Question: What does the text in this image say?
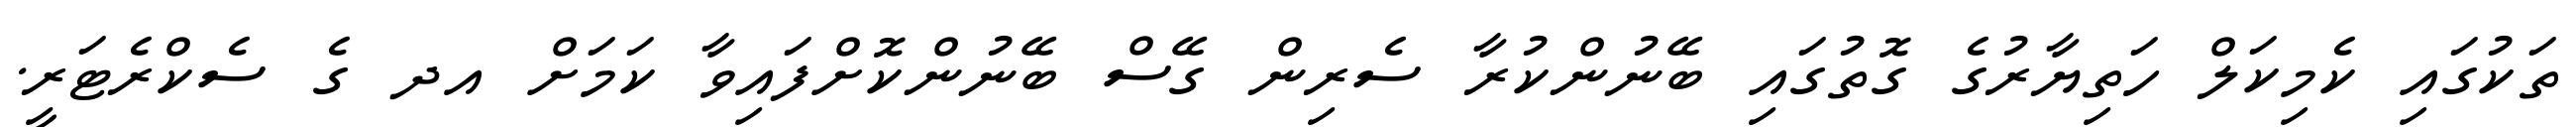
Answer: ތަކުގައި ކެމިކަލް ހަތިޔާރުގެ ގޮތުގައި ބޭނުންކުރާ ސެރިން ގޭސް ބޭނުންކޮށްފައިވާ ކަމަށް އދ ގެ ސެކްރެޓަރީ.